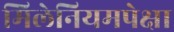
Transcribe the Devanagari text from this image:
मिलेनियमपेक्षा